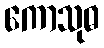
ကောသုဓ